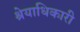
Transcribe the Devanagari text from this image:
श्रेयाधिकारी